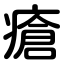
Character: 瘡